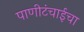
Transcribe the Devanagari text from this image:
पाणीटंचाईचा